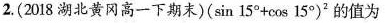
2.(2018湖北黄冈高一下期末)$$(\sin 15° + \cos 15°)^{2}的值为